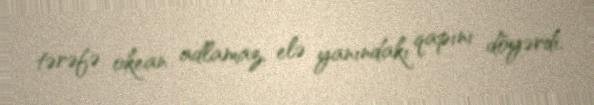
tərəfə okean adlamaz, elə yanındakı qapını döyərdi.